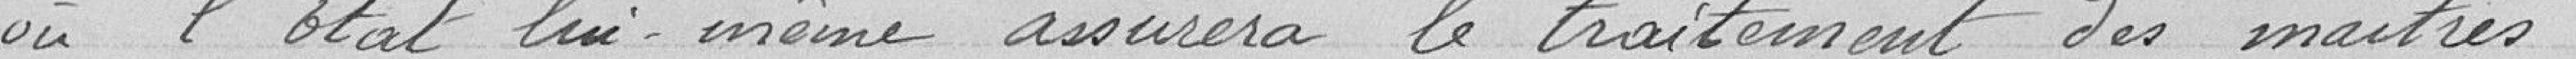
où l'Etat lui-même assurera le traitement des maîtres.